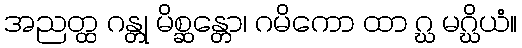
အညတ္ထ ဂန္တု မိစ္ဆန္တော၊ ဂမိကော ထာ ဂ္ဃ မဂ္ဃိယံ။